Lunatic asylums in Bengal annual reports 1899-1911 - 1899-1911
Year: 1899
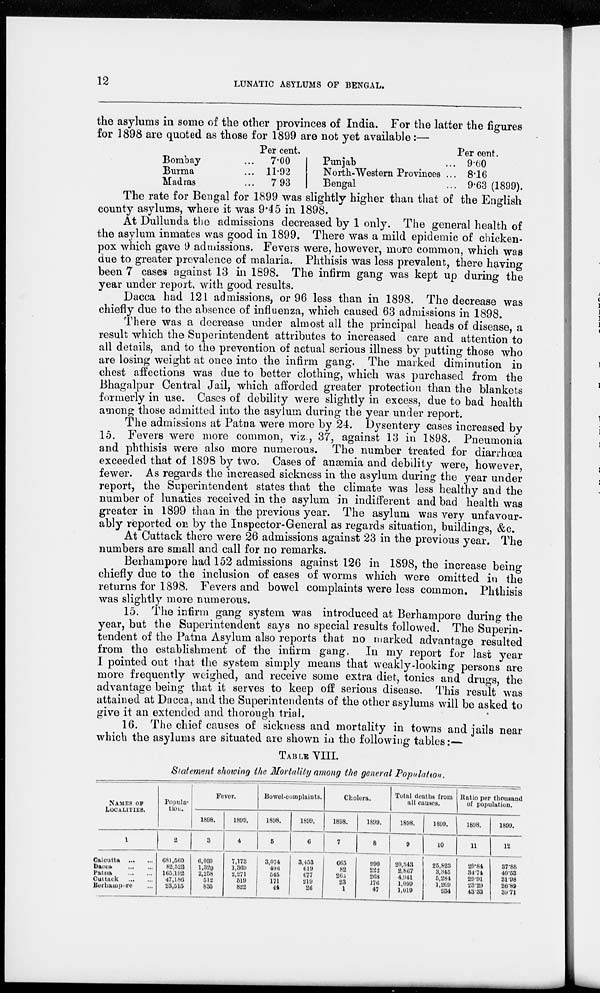
12
LUNATIC ASYLUMS OF BENGAL.
the asylums in some of the other provinces of India. For the latter the figures
for 1898 are quoted as those for 1899 are not yet available :—
Bombay ...
Burma ...
Madras ...
Per cent.
7.00
11.92
7.93
Punjab ...
North-Western Provinces ...
Bengal ...
Per cent.
9.60
8.16
9.63(1899).
The rate for Bengal for 1899 was slightly higher than that of the English
county asylums, where it was 9.45 in 1898.
At Dullunda the admissions decreased by 1 only. The general health of
the asylum inmates was good in 1899. There was a mild epidemic of chicken-
pox which gave 9 admissions. Fevers were, however, more common, which was
due to greater prevalence of malaria. Phthisis was less prevalent, there having
been 7 cases against 13 in 1898. The infirm gang was kept up during the
year under report, with good results.
Dacca had 121 admissions, or 96 less than in 1898. The decrease was
chiefly due to the absence of influenza, which caused 63 admissions in 1898.
There was a decrease under almost all the principal heads of disease, a
result which the Superintendent attributes to increased care and attention to
all details, and to the prevention of actual serious illness by putting those who
are losing weight at once into the infirm gang. The marked diminution in
chest affections was due to better clothing, which was purchased from the
Bhagalpur Central Jail, which afforded greater protection than the blankets
formerly in use. Cases of debility were slightly in excess, due to bad health
among those admitted into the asylum during the year under report.
The admissions at Patna were more by 24. Dysentery cases increased by
15. Fevers were more common, viz., 37, against 13 in 1898. Pneumonia
and phthisis were also more numerous. The number treated for diarrhœa
exceeded that of 1898 by two. Cases of anæmia and debility were, however,
fewer. As regards the increased sickness in the asylum during the year under
report, the Superintendent states that the climate was less healthy and the
number of lunatics received in the asylum in indifferent and bad health was
greater in 1899 than in the previous year. The asylum was very unfavour-
ably reported on by the Inspector-General as regards situation, buildings, &c.
At Cuttack there were 26 admissions against 23 in the previous year. The
numbers are small and call for no remarks.
Berhampore had 152 admissions against 126 in 1898, the increase being
chiefly due to the inclusion of cases of worms which were omitted in the
returns for 1898. Fevers and bowel complaints were less common. Phthisis
was slightly more numerous.
15. The infirm gang system was introduced at Berhampore during the
year, but the Superintendent says no special results followed. The Superin-
tendent of the Patna Asylum also reports that no marked advantage resulted
from the establishment of the infirm gang. In my report for last year
I pointed out that the system simply means that weakly-looking persons are
more frequently weighed, and receive some extra diet, tonics and drugs, the
advantage being that it serves to keep off serious disease. This result was
attained at Dacca, and the Superintendents of the other asylums will be asked to
give it an extended and thorough trial.
16. The chief causes of sickness and mortality in towns and jails near
which the asylums are situated are shown in the following tables:—
TABLE VIII.
Statement showing the Mortality among the general Population.
NAMES OF
LOCALITIES.
1
Calcutta ... ...
Dacca
...
...
Patna
...
...
Cuttack
...
...
Berhampore ...
Popula-
tion.
2
681,560
82,523
165,192
47,186
23,515
Fever.
1898.
3
6,060
1,329
2,258
512
835
1899.
4
7,173
1,369
2,271
519
822
Bowel-complaints.
1898.
5
3,074
496
545
171
44
1899.
6
3,453
619
677
219
26
Cholera.
1898.
7
665
82
265
23
1
1899.
8
990
222
268
176
47
Total deaths from
all causes.
1898.
9
20,343
2,867
4,941
1,099
1,019
1899.
10
25,823
3,345
5,284
1,269
934
Ratio per thousand
of population.
1898.
11
29.84
34.74
29.91
23.29
43.33
1899.
12
37.88
40.53
31.98
26.89
39.71